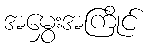
အမွှေးအကြိုင်